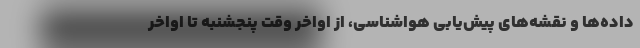
داده‌ها و نقشه‌‌های پیش‌یابی هواشناسی، از اواخر وقت پنجشنبه تا اواخر